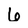
Character: 6